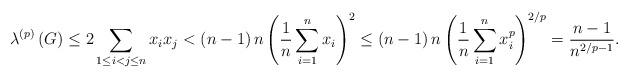
LaTeX: \begin{align*}\lambda^{\left( p\right) }\left( G\right) \leq2\sum_{1\leq i<j\leq n}x_{i}x_{j}<\left( n-1\right) n\left( \frac{1}{n}\sum_{i=1}^{n}x_{i}\right)^{2}\leq\left( n-1\right) n\left( \frac{1}{n}\sum_{i=1}^{n}x_{i}^{p}\right) ^{2/p}=\frac{n-1}{n^{2/p-1}}.\end{align*}